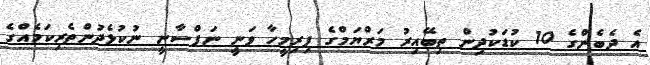
އެ ދެބެންގެ 10 ކުޑަކުދިން ތިބޭއިރު މަރްޔަމްގެ ފިރިމީހާ ވަނީ ނަފްސާނީ ނުކުޅެދުންތެރިކަމެއްގެ